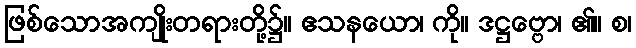
ဖြစ်သောအကျိုးတရားတို့၌။ ဧသနယော၊ ကို။ ဒဋ္ဌဗ္ဗော၊ ၏။ စ၊